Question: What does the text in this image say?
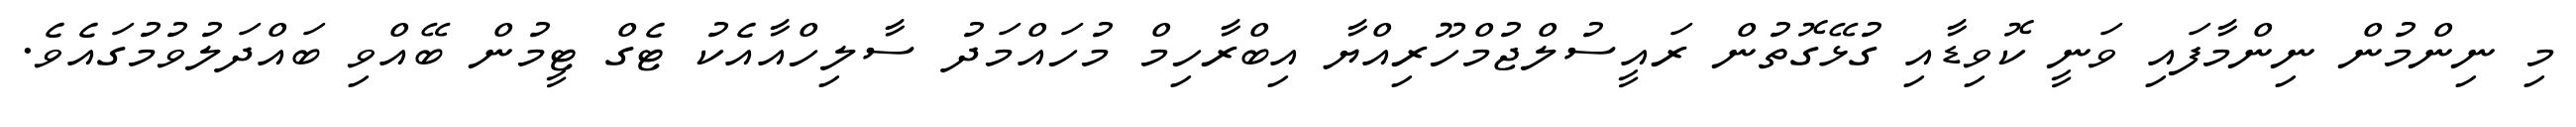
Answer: މި ނިންމުން ނިންމާފައި ވަނީ ކޮވިޑާއި ގުޅޭގޮތުން ރައީސުލްޖުމްހޫރިއްޔާ އިބްރާހިމް މުހައްމަދު ސާލިހްއާއެކު ޓެގް ޓީމުން ބޭއްވި ބައްދަލުވުމުގައެވެ.